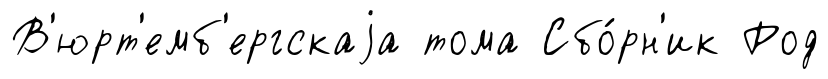
В'юрт'емб'ергскаjа тома Сбо́рн'ик Род